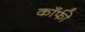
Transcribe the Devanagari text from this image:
काँफी